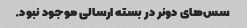
سس‌های دونر در بسته ارسالی موجود نبود.